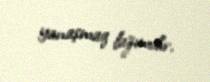
yanaşmaq lazımdır.